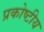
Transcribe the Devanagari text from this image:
प्रकोष्टीय